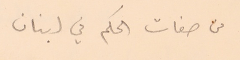
من صفات الحكم في لبنان